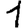
Digit: 1